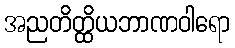
အညတိတ္ထိယဘာဏဝါရော